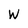
Character: W